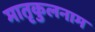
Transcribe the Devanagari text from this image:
मातृकुलनाम